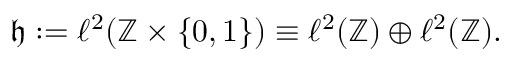
\mathfrak { h } : = \ell ^ { 2 } ( \mathbb { Z } \times \{ 0 , 1 \} ) \equiv \ell ^ { 2 } ( \mathbb { Z } ) \oplus \ell ^ { 2 } ( \mathbb { Z } ) .